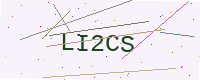
Text: LI2CS